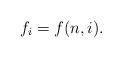
LaTeX: \begin{align*}f_i = f(n,i).\end{align*}